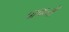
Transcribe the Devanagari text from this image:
पापघ्नीं